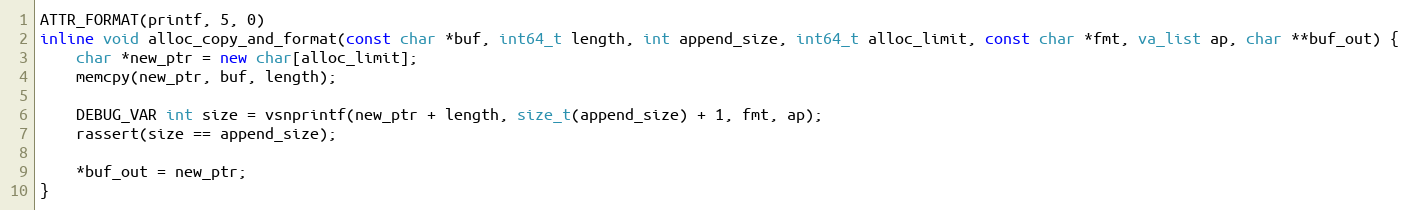
Language: C++
ATTR_FORMAT(printf, 5, 0)
inline void alloc_copy_and_format(const char *buf, int64_t length, int append_size, int64_t alloc_limit, const char *fmt, va_list ap, char **buf_out) {
    char *new_ptr = new char[alloc_limit];
    memcpy(new_ptr, buf, length);

    DEBUG_VAR int size = vsnprintf(new_ptr + length, size_t(append_size) + 1, fmt, ap);
    rassert(size == append_size);

    *buf_out = new_ptr;
}